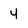
Character: 4